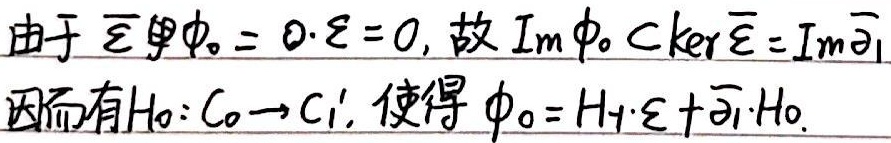
由于 \(\overline{\mathcal{E}} \Phi \phi_0 = 0 \cdot \mathcal{E} = 0\)，故 \(\text{Im} \phi_0 \subset \text{ker} \overline{\mathcal{E}} = \text{Im} \overline{\partial}_1\)。因而有 \(H_0: C_0 \to C_1'\)，使得 \(\phi_0 = H_1 \cdot \mathcal{E} + \overline{\partial}_1 \cdot H_0\)。